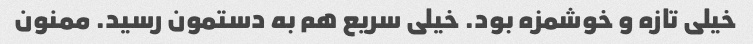
خیلی تازه و خوشمزه بود. خیلی سریع هم به دستمون رسید. ممنون